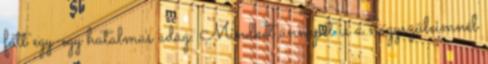
főtt egy-egy hatalmas adag. Mindkét ünnepet is a nagyszüleimnél